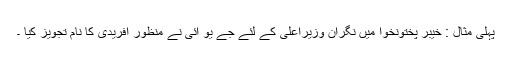
پہلی مثال : خیبر پختونخوا میں نگران وزیراعلیٰ کے لئے جے یو آئی نے منظور آفریدی کا نام تجویز کیا ۔